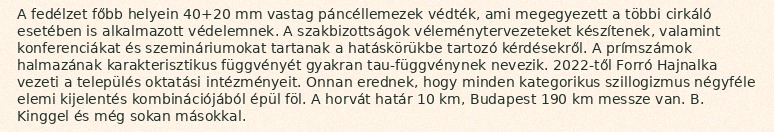
A fedélzet főbb helyein 40+20 mm vastag páncéllemezek védték, ami megegyezett a többi cirkáló esetében is alkalmazott védelemnek. A szakbizottságok véleménytervezeteket készítenek, valamint konferenciákat és szemináriumokat tartanak a hatáskörükbe tartozó kérdésekről. A prímszámok halmazának karakterisztikus függvényét gyakran tau-függvénynek nevezik. 2022-től Forró Hajnalka vezeti a település oktatási intézményeit. Onnan erednek, hogy minden kategorikus szillogizmus négyféle elemi kijelentés kombinációjából épül föl. A horvát határ 10 km, Budapest 190 km messze van. B. Kinggel és még sokan másokkal.